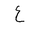
Letter: _ayn